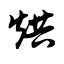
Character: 烘